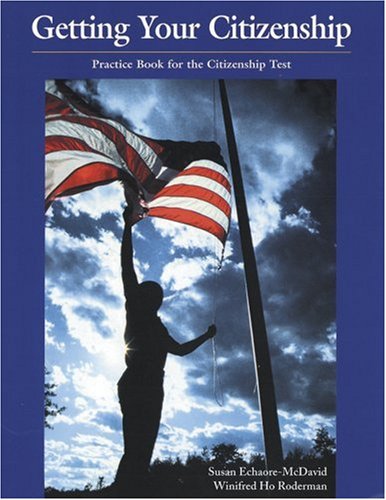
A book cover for Getting Your Citizenship; Susan Echaore-McDavid; Test Preparation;